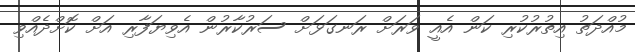
މުއްދަތު އިތުރުކުރި ކަން އެއީ ވަރަށް ރަނގަޅަށް ސަރުކާރުން އެވިޔަފާރި އަށް ކޮށްދެއްވި